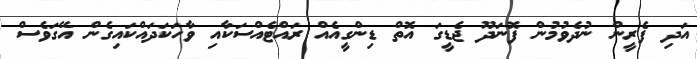
އަދި ފެރީން ނުދެވުމުން ފޮނަދޫ ޖެޑީގަ އޮތް ޑިންގީއެއް ރައްޓެއްސަކާއި ވާހަކަދައްކައިގެން އޭގަވެސް